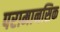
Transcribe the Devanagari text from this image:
परामानसिक